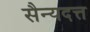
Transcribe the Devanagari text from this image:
सैन्यदत्त